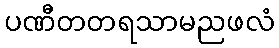
ပဏီတတရသာမညဖလံ